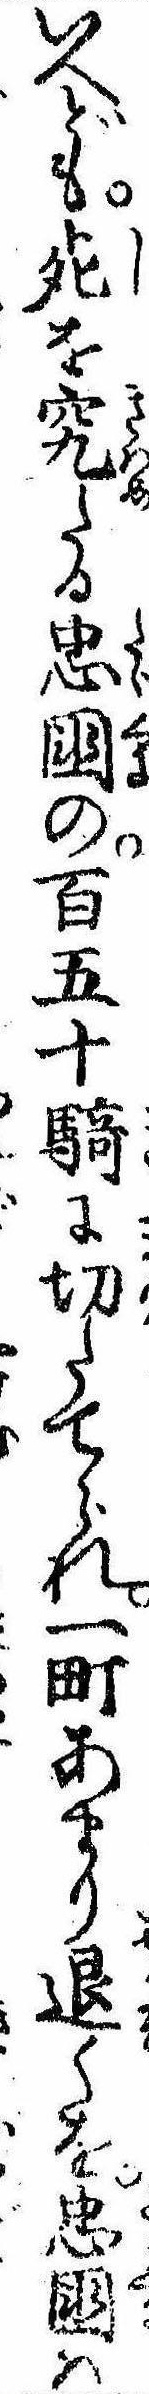
いへども死を究たる忠国の百五十騎に切たてられ一町あまり退くを忠国は